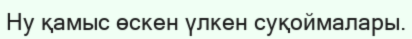
Ну қамыс өскен үлкен суқоймалары.